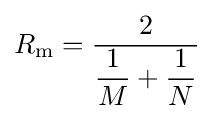
R_{\text{m}}={\frac {2}{{\dfrac {1}{M}}+{\dfrac {1}{N}}}}